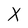
Character: X